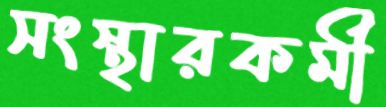
সংস্থারকর্মী